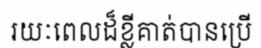
រយៈពេលដ៏ខ្លីគាត់បានប្រើ